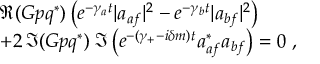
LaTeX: \begin{array} { l } { { \Re ( G p q ^ { * } ) \left( e ^ { - \gamma _ { a } t } | a _ { a f } | ^ { 2 } - e ^ { - \gamma _ { b } t } | a _ { b f } | ^ { 2 } \right) } } \\ { { + 2 \, \Im ( G p q ^ { * } ) \; \Im \left( e ^ { - ( \gamma _ { + } - i \delta m ) t } a _ { a f } ^ { * } a _ { b f } \right) = 0 \; , } } \end{array}